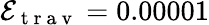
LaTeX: \mathcal{E}_{\mathrm{~t~r~a~v~}}=0.00001